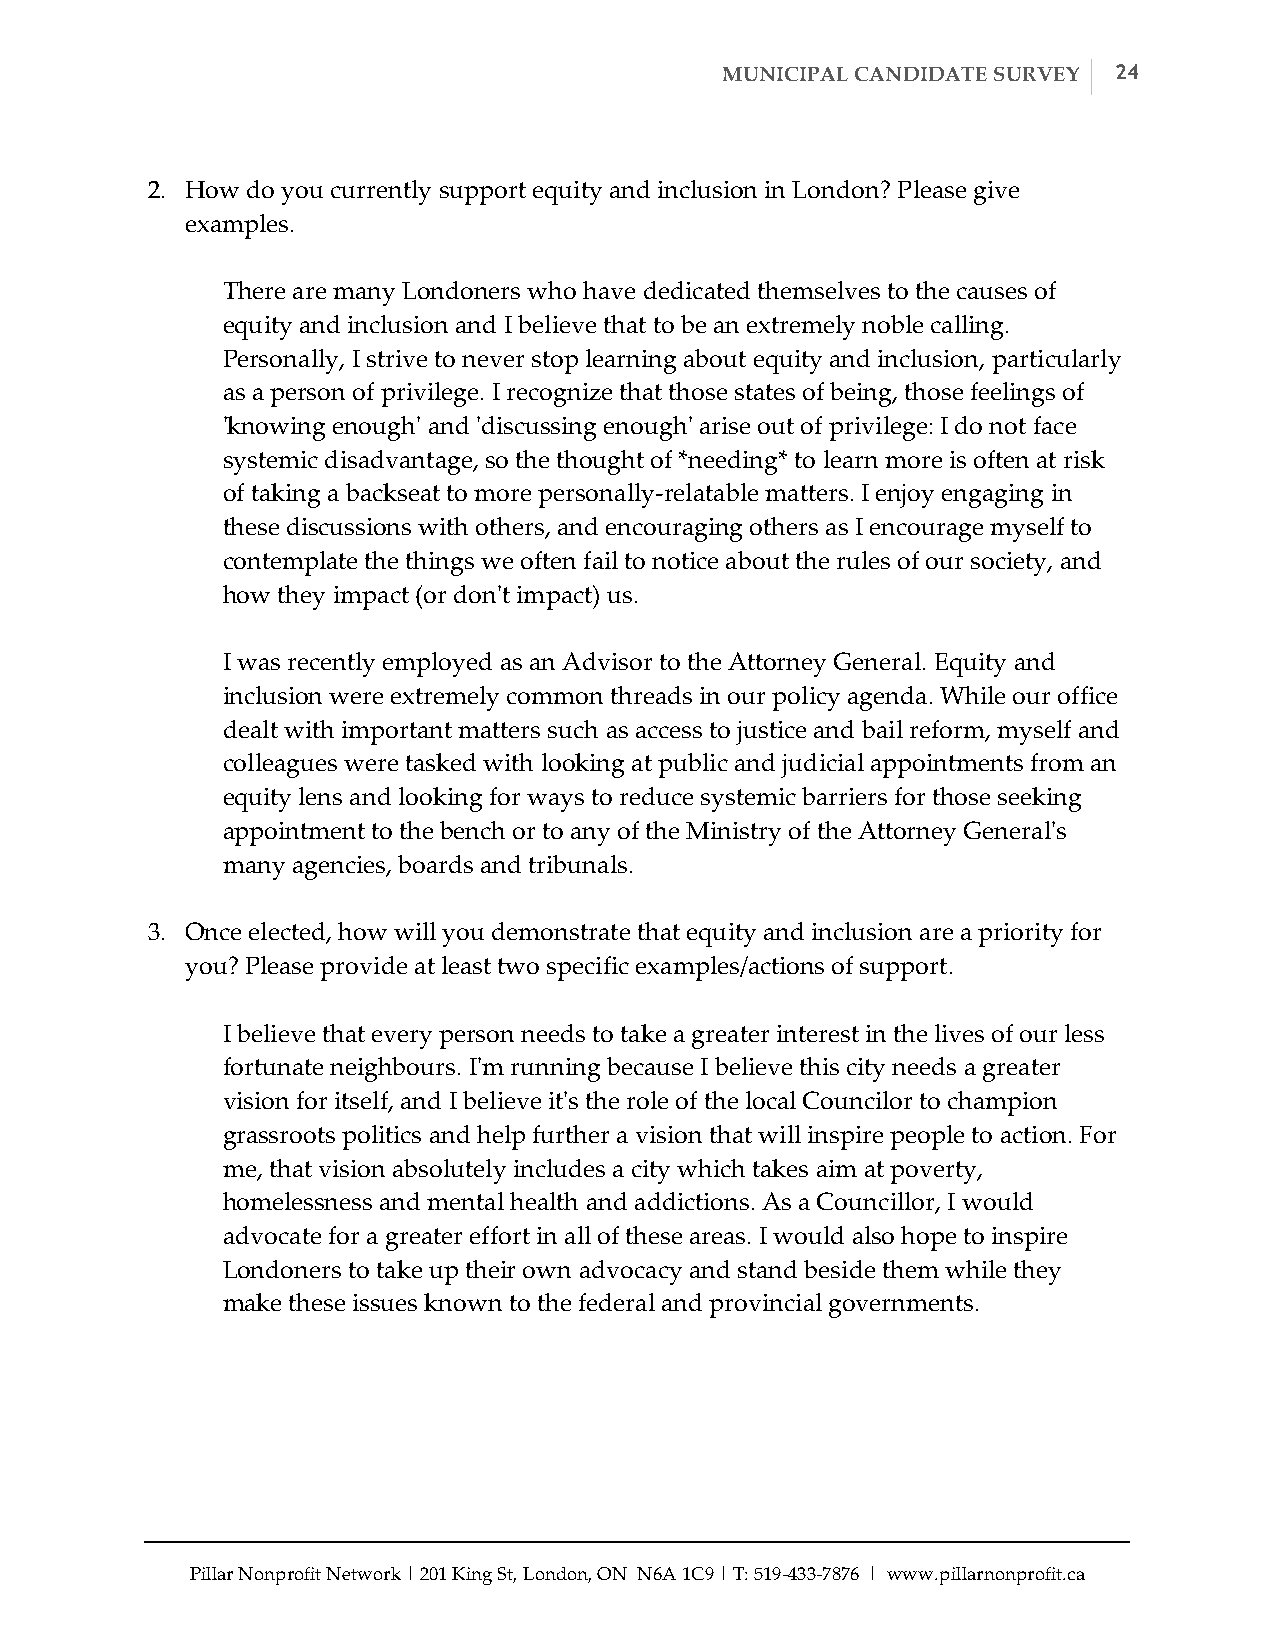
MUNICIPAL CANDIDATE SURVEY 24
 2. How do you currently support equity and inclusion in London? Please give
 examples.
 There are many Londoners who have dedicated themselves to the causes of
 equity and inclusion and I believe that to be an extremely noble calling.
 Personally, I strive to never stop learning about equity and inclusion, particularly
 as a person of privilege. I recognize that those states of being, those feelings of
 'ʹknowing enough'ʹ and 'ʹdiscussing enough'ʹ arise out of privilege: I do not face
 systemic disadvantage, so the thought of *needing* to learn more is often at risk
 of taking a backseat to more personally-­‐‑relatable matters. I enjoy engaging in
 these discussions with others, and encouraging others as I encourage myself to
 contemplate the things we often fail to notice about the rules of our society, and
 how they impact (or don'ʹt impact) us.
 I was recently employed as an Advisor to the Attorney General. Equity and
 inclusion were extremely common threads in our policy agenda. While our office
 dealt with important matters such as access to justice and bail reform, myself and
 colleagues were tasked with looking at public and judicial appointments from an
 equity lens and looking for ways to reduce systemic barriers for those seeking
 appointment to the bench or to any of the Ministry of the Attorney General'ʹs
 many agencies, boards and tribunals.
 3. Once elected, how will you demonstrate that equity and inclusion are a priority for
 you? Please provide at least two specific examples/actions of support.
 I believe that every person needs to take a greater interest in the lives of our less
 fortunate neighbours. I'ʹm running because I believe this city needs a greater
 vision for itself, and I believe it'ʹs the role of the local Councilor to champion
 grassroots politics and help further a vision that will inspire people to action. For
 me, that vision absolutely includes a city which takes aim at poverty,
 homelessness and mental health and addictions. As a Councillor, I would
 advocate for a greater effort in all of these areas. I would also hope to inspire
 Londoners to take up their own advocacy and stand beside them while they
 make these issues known to the federal and provincial governments.
 Pillar Nonprofit Network | 201 King St, London, ON N6A 1C9 | T: 519-­‐‑433-­‐‑7876 | www.pillarnonprofit.ca